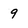
Character: 9